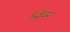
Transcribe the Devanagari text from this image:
६३७२